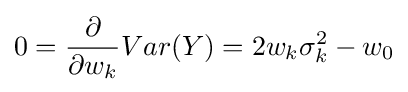
0={\frac {\partial }{\partial w_{k}}}Var(Y)=2w_{k}\sigma _{k}^{2}-w_{0}